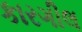
કારગીલ